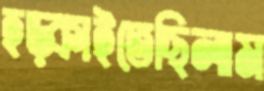
হড়্‌কাইতেছিলাম